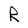
Character: R